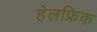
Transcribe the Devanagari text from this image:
हेलफ्रिक